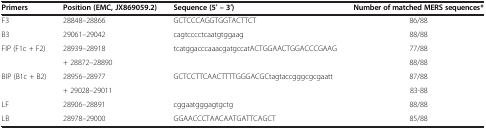
| Primers | Position (EMC, JX869059.2) | Sequence (5′ – 3′) | Number of matched MERS sequences* |
 | --- | --- | --- | --- |
 | F3 | 28848–28866 | GCTCCCAGGTGGTACTTCT | 86/88 |
 | B3 | 29061–29042 | cagtcccctcaatgtggaag | 88/88 |
 | <ROWSPAN=2> FIP (F1c + F2) | 28939–28918 | <ROWSPAN=2> tcatggacccaaacgatgccatACTGGAACTGGACCCGAAG | 77/88 |
 | + 28872–28890 | 88/88 |
 | <ROWSPAN=2> BIP (B1c + B2) | 28956–28977 | <ROWSPAN=2> GCTCCTTCAACTTTTGGGACGCtagtaccgggcgcgaatt | 87/88 |
 | + 29028–29011 | 83-88 |
 | LF | 28906–28891 | cggaatgggagtgctg | 88/88 |
 | LB | 28978–29000 | GGAACCCTAACAATGATTCAGCT | 85/88 |